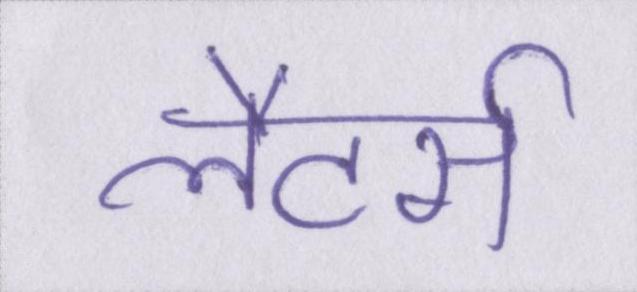
लैटर्स